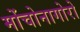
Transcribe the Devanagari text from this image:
मोंचोनागोरो